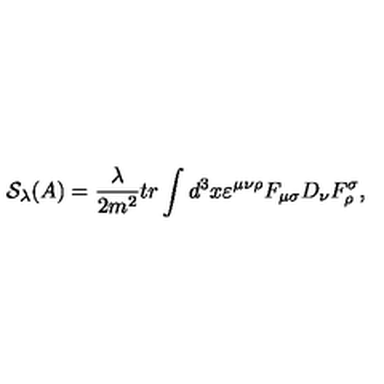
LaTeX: \mathcal { S } _ { \lambda } ( A ) = \frac \lambda { 2 m ^ { 2 } } t r \int d ^ { 3 } x \varepsilon ^ { \mu \nu \rho } F _ { \mu \sigma } D _ { \nu } F _ { \rho } ^ { \sigma } ,